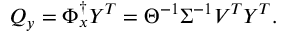
Q _ { y } = \Phi _ { x } ^ { \dagger } Y ^ { T } = \Theta ^ { - 1 } \Sigma ^ { - 1 } V ^ { T } Y ^ { T } .